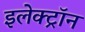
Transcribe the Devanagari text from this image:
इलेक्ट्राॅन